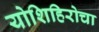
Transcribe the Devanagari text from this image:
योशिहिरोचा